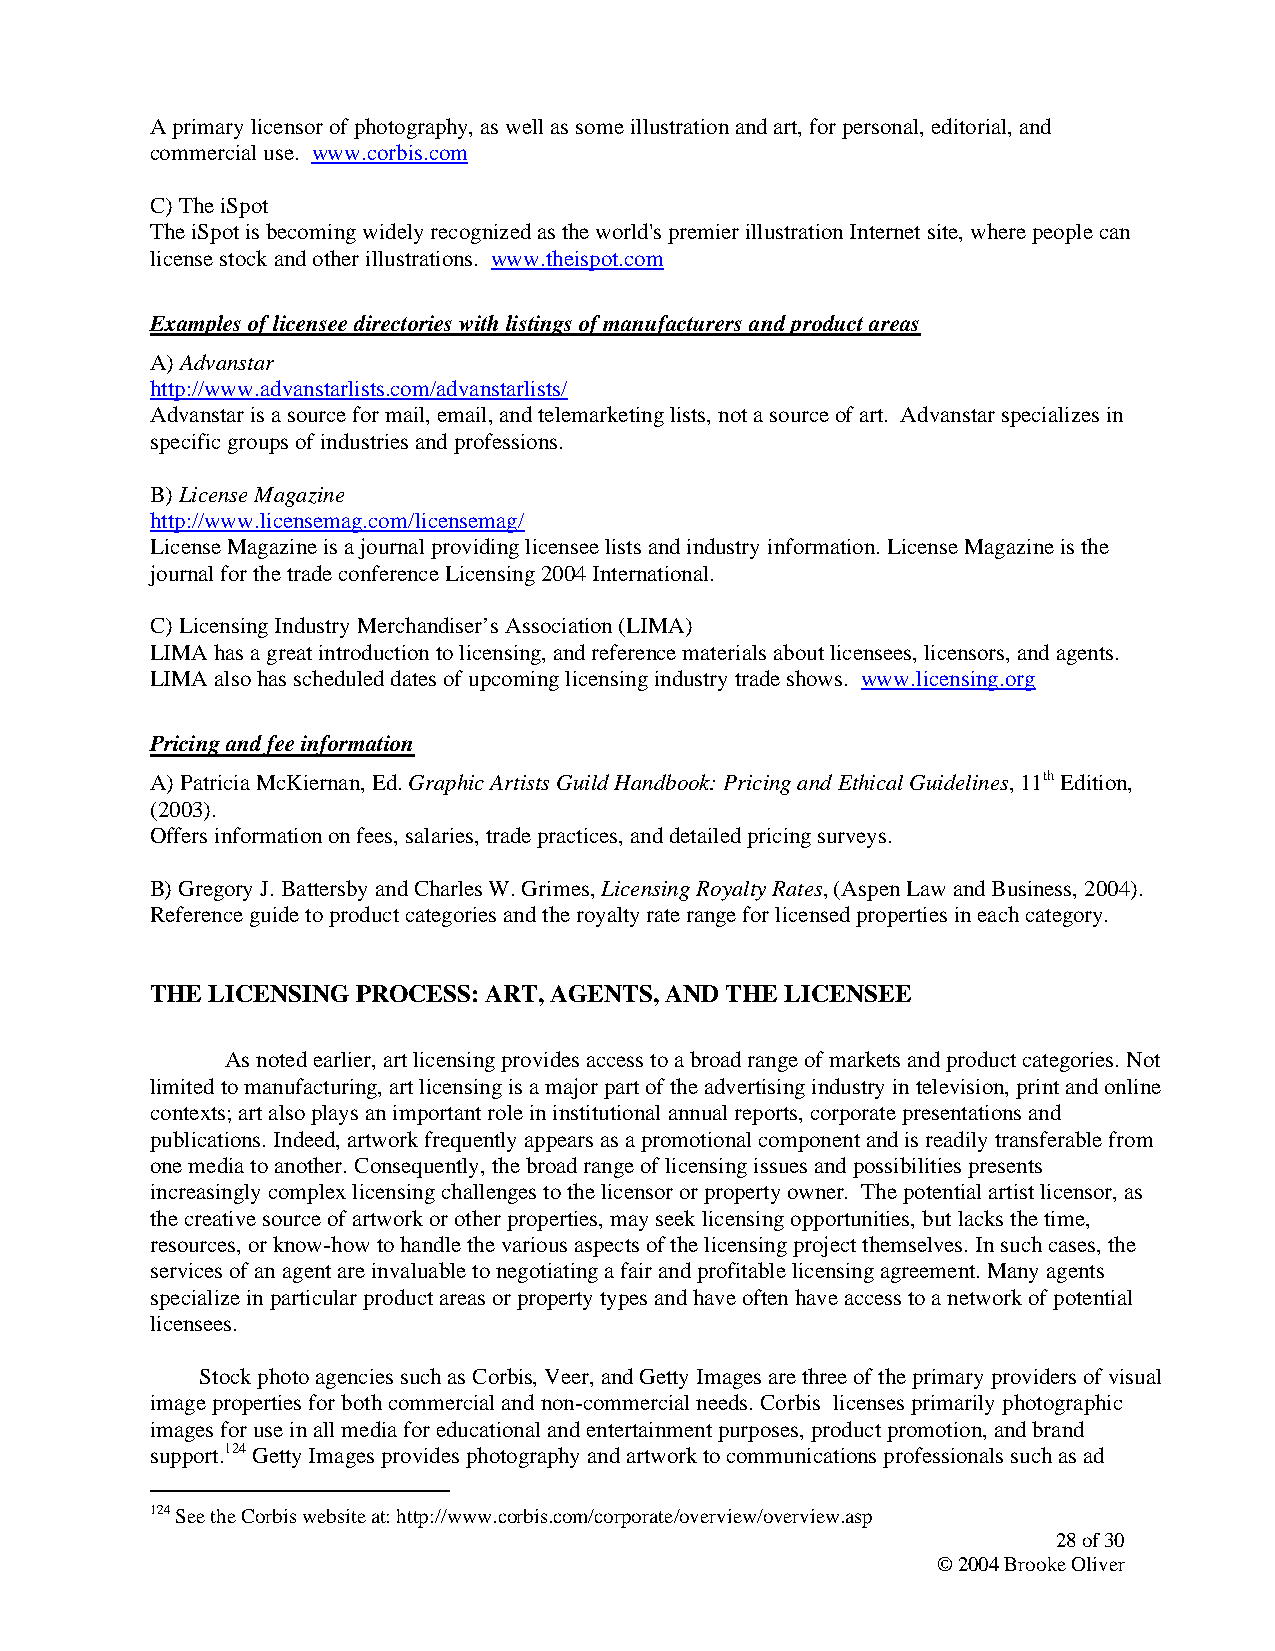
A primary licensor of photography, as well as some illustration and art, for personal, editorial, and
 commercial use. www.corbis.com
 C) The iSpot
 The iSpot is becoming widely recognized as the world's premier illustration Internet site, where people can
 license stock and other illustrations. www.theispot.com
 Examples of licensee directories with listings of manufacturers and product areas
 A) Advanstar
 http://www.advanstarlists.com/advanstarlists/
 Advanstar is a source for mail, email, and telemarketing lists, not a source of art. Advanstar specializes in
 specific groups of industries and professions.
 B) License Magazine
 http://www.licensemag.com/licensemag/
 License Magazine is a journal providing licensee lists and industry information. License Magazine is the
 journal for the trade conference Licensing 2004 International.
 C) Licensing Industry Merchandiser’s Association (LIMA)
 LIMA has a great introduction to licensing, and reference materials about licensees, licensors, and agents.
 LIMA also has scheduled dates of upcoming licensing industry trade shows. www.licensing.org
 Pricing and fee information
 A) Patricia McKiernan, Ed. Graphic Artists Guild Handbook: Pricing and Ethical Guidelines, 11th Edition,
 (2003).
 Offers information on fees, salaries, trade practices, and detailed pricing surveys.
 B) Gregory J. Battersby and Charles W. Grimes, Licensing Royalty Rates, (Aspen Law and Business, 2004).
 Reference guide to product categories and the royalty rate range for licensed properties in each category.
 THE LICENSING PROCESS: ART, AGENTS, AND THE LICENSEE
 As noted earlier, art licensing provides access to a broad range of markets and product categories. Not
 limited to manufacturing, art licensing is a major part of the advertising industry in television, print and online
 contexts; art also plays an important role in institutional annual reports, corporate presentations and
 publications. Indeed, artwork frequently appears as a promotional component and is readily transferable from
 one media to another. Consequently, the broad range of licensing issues and possibilities presents
 increasingly complex licensing challenges to the licensor or property owner. The potential artist licensor, as
 the creative source of artwork or other properties, may seek licensing opportunities, but lacks the time,
 resources, or know-how to handle the various aspects of the licensing project themselves. In such cases, the
 services of an agent are invaluable to negotiating a fair and profitable licensing agreement. Many agents
 specialize in particular product areas or property types and have often have access to a network of potential
 licensees.
 Stock photo agencies such as Corbis, Veer, and Getty Images are three of the primary providers of visual
 image properties for both commercial and non-commercial needs. Corbis licenses primarily photographic
 images for use in all media for educational and entertainment purposes, product promotion, and brand
 support.124 Getty Images provides photography and artwork to communications professionals such as ad
 124 See the Corbis website at: http://www.corbis.com/corporate/overview/overview.asp
 28 of 30
 © 2004 Brooke Oliver